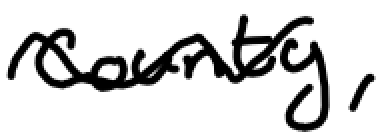
Text: county,
Cross-out: wave
Writing tool: digital_black